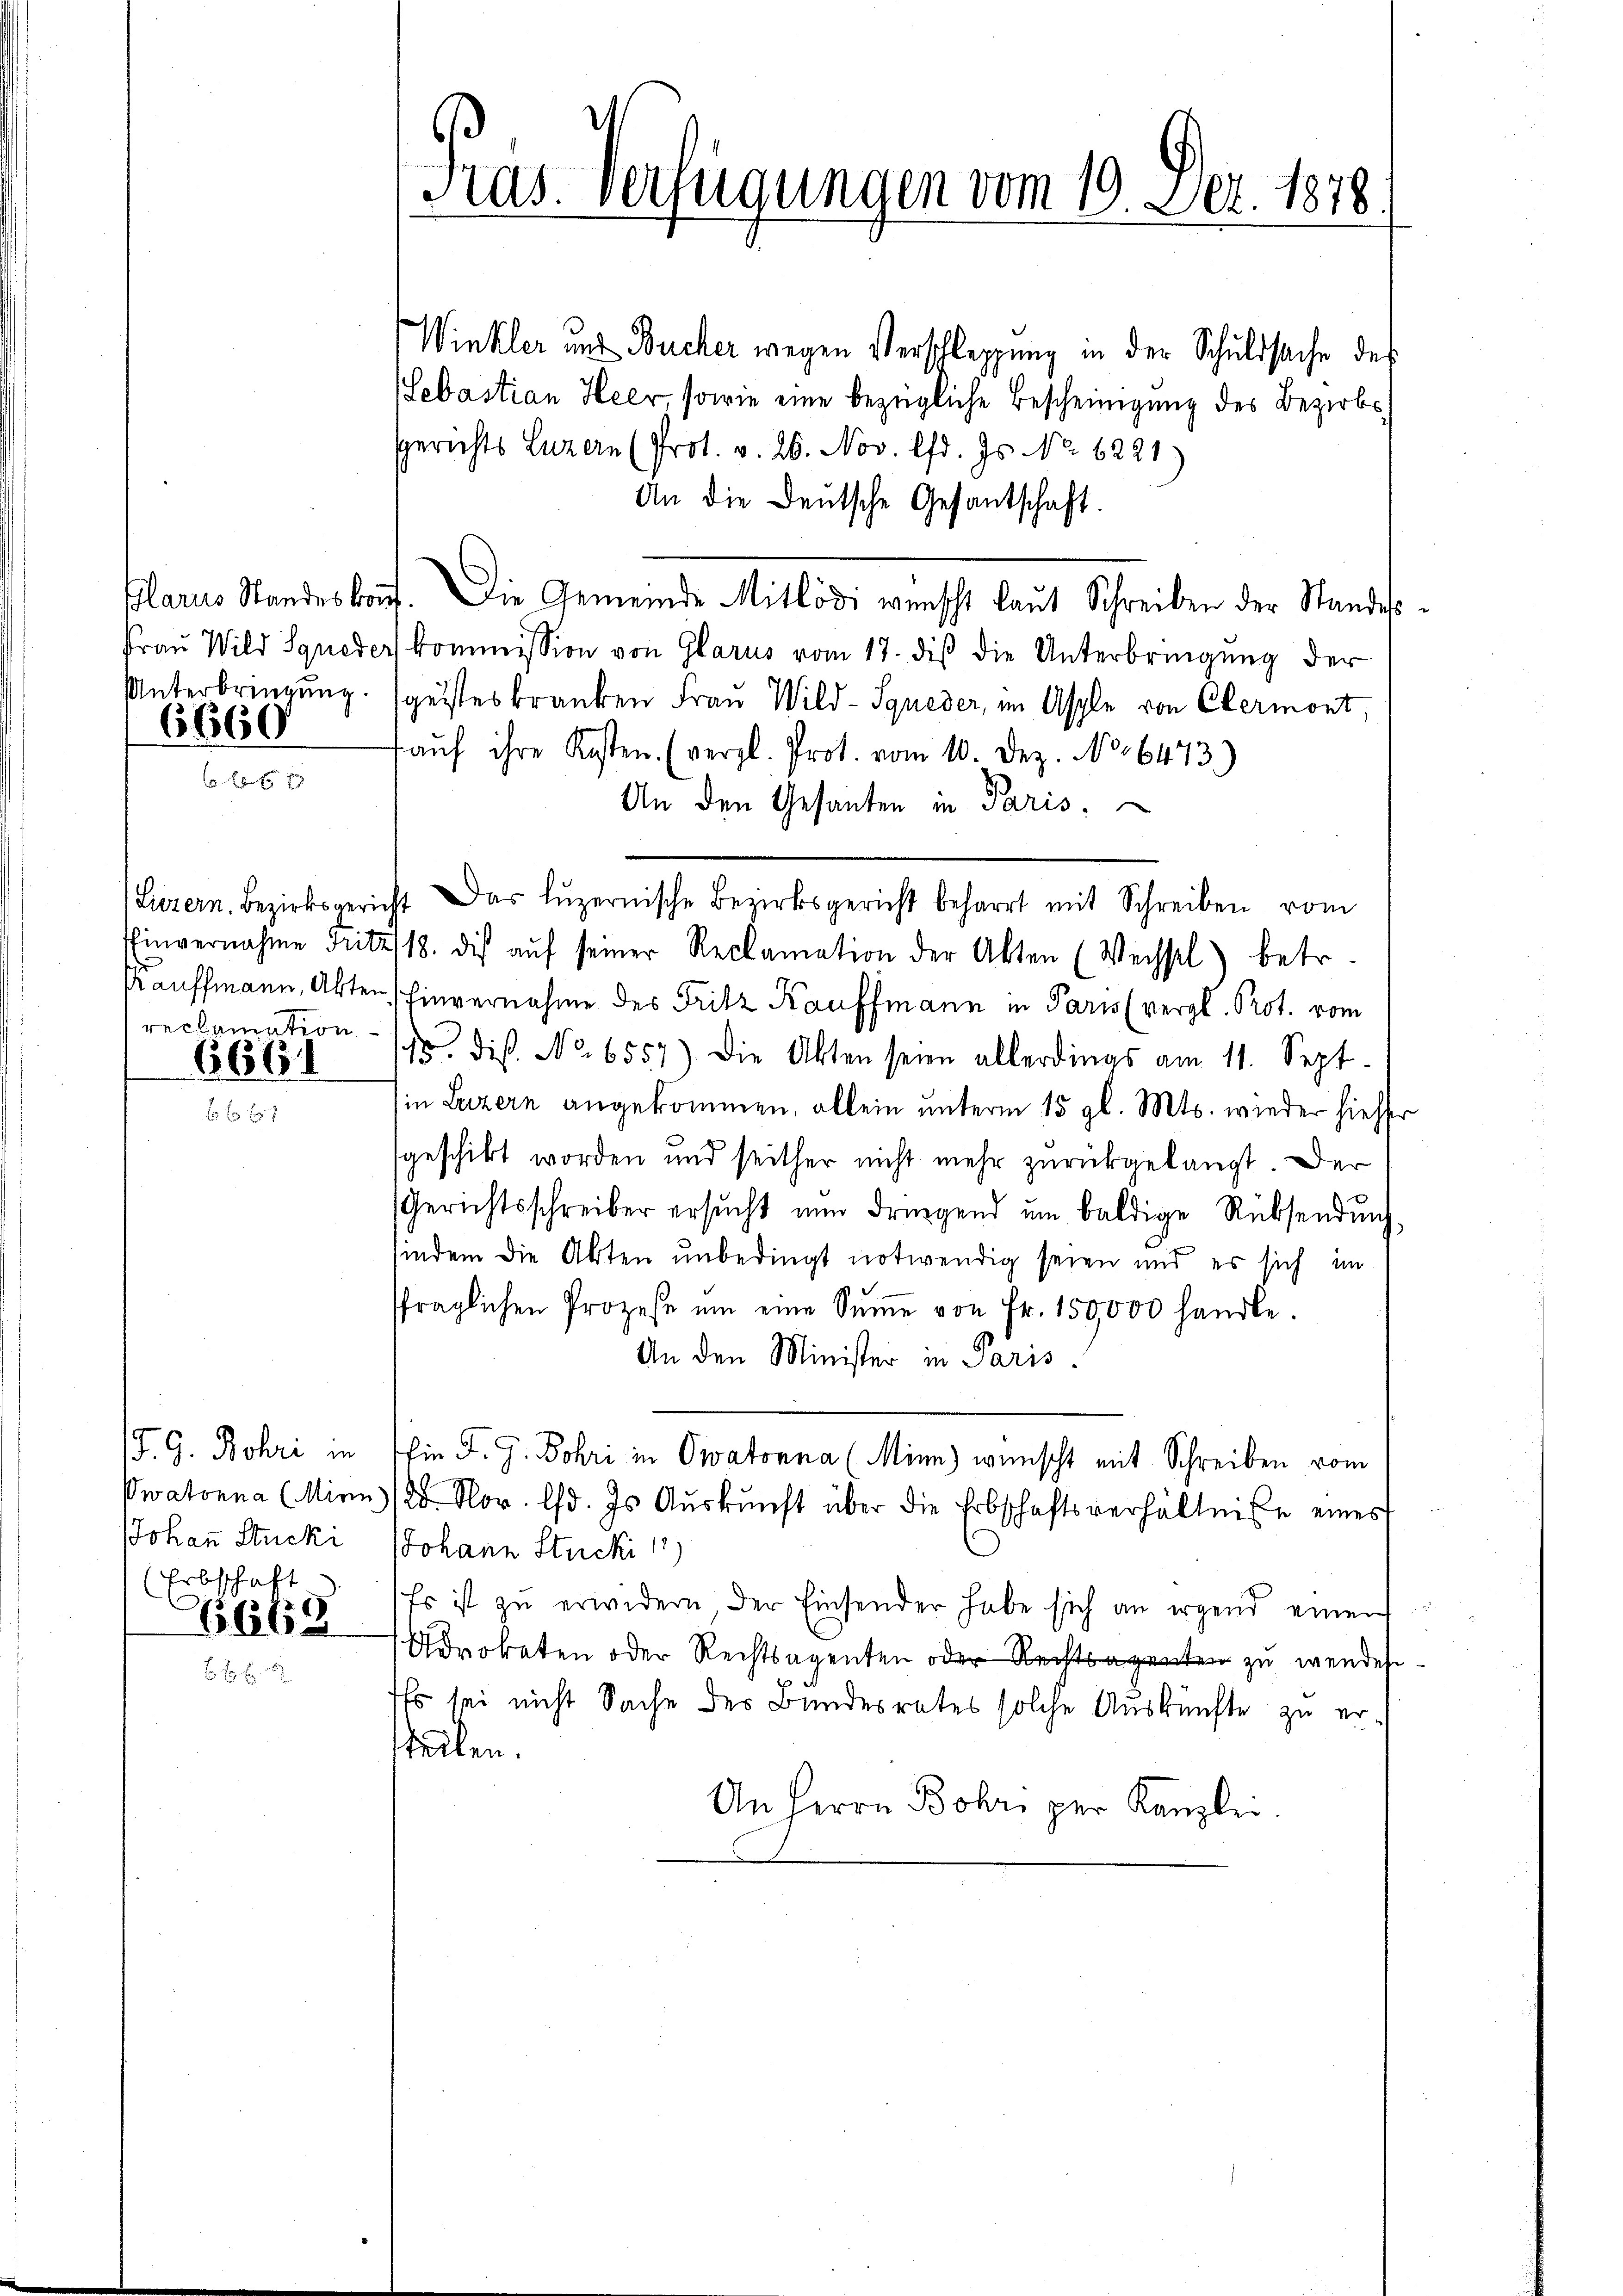
6660

Winkler und Bucher wegen Verschleppung in der Schuldsache des
Sebastian Heer, sowie eine bezügliche Bescheinigung des Bezirks¬
Gerichts Luzern (Prot. v. 26. Nov. lfd. Js. No. 6221)
An die Deutsche Gesantschaft.
Plarus Standeskonf. Die Gemeinde Mitlödi wünscht laut Schreiben der Standes.
Fraŭ Wild Igneder kommission von Glarus vom 17. diβ die Unterbringŭng der
Unterbringung. geisteskranken Frau Wild-Squeder, im Asple von Clermont,
aŭf ihre Kosten. (vergl. Prot. vom 10. Dez. No 6473)
An den Gesanten in Paris.
Einvernahme Fritz /18. dis aŭf seiner Reclamation der Akten (Wechsel) betr.
Kauffmann, Akten schinvernahme des Fritz Kauffmann in Paris (vergl. Prot. vom
. die No. 6557). Die Akten seien allerdings am 11. Sept.
in Luzern angekommen, allein unterm 15. gl. Mts. wieder hiesser
sgeschickt worden und seither nicht mehr zurückgelangt. Der
Gerichtsschreiber ersŭcht nun dringend ŭm baldige Rücksendŭng
findem die Akten unbedingt notwendig seien und es sich im
sfraglichen Prozesse ŭm eine Sŭṁe von Fr. 150,000 handle.
An den Minister in Paris
J. G. Bohri in Ein F. J. Johri in Owatonna (Minn) wünscht mit Schreiben vom
watonna (Minn/20. Nov. lfd. Is Aŭskŭnft über die Erbschaftsverhältnisse eines
JJohann Stucki 1
Es ist zu erwidern der Einsender habe sich an irgend einen
Advokaten oder Rechtsagenten oder Rechteten zu wendes
Es sei nicht Sache des Bundesrates solche Auskünfte zu erstellen.
An Herrn Bohr per Kanzlei

reclamation

666

JJohann Stucki
(Erbschaft

669

Präs. Verfügungen vom 10. Dez. 1818.

(Liezern. Bezirksgericht das Lŭzernische Bezirksgericht beharrt mit Schreiben vom